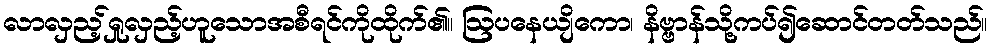
လာလှည့်ရှုလှည့်ဟူသောအစီရင်ကိုထိုက်၏။ ဩပနေယျိကော၊ နိဗ္ဗာန်သို့ကပ်၍ဆောင်တတ်သည်။